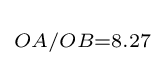
\scriptstyle OA/OB=8.27